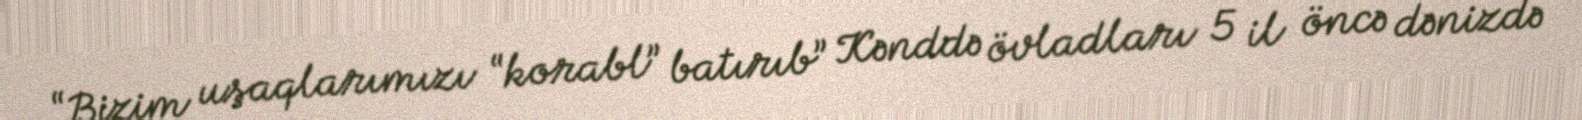
“Bizim uşaqlarımızı “korabl” batırıb” Kənddə övladları 5 il öncə dənizdə